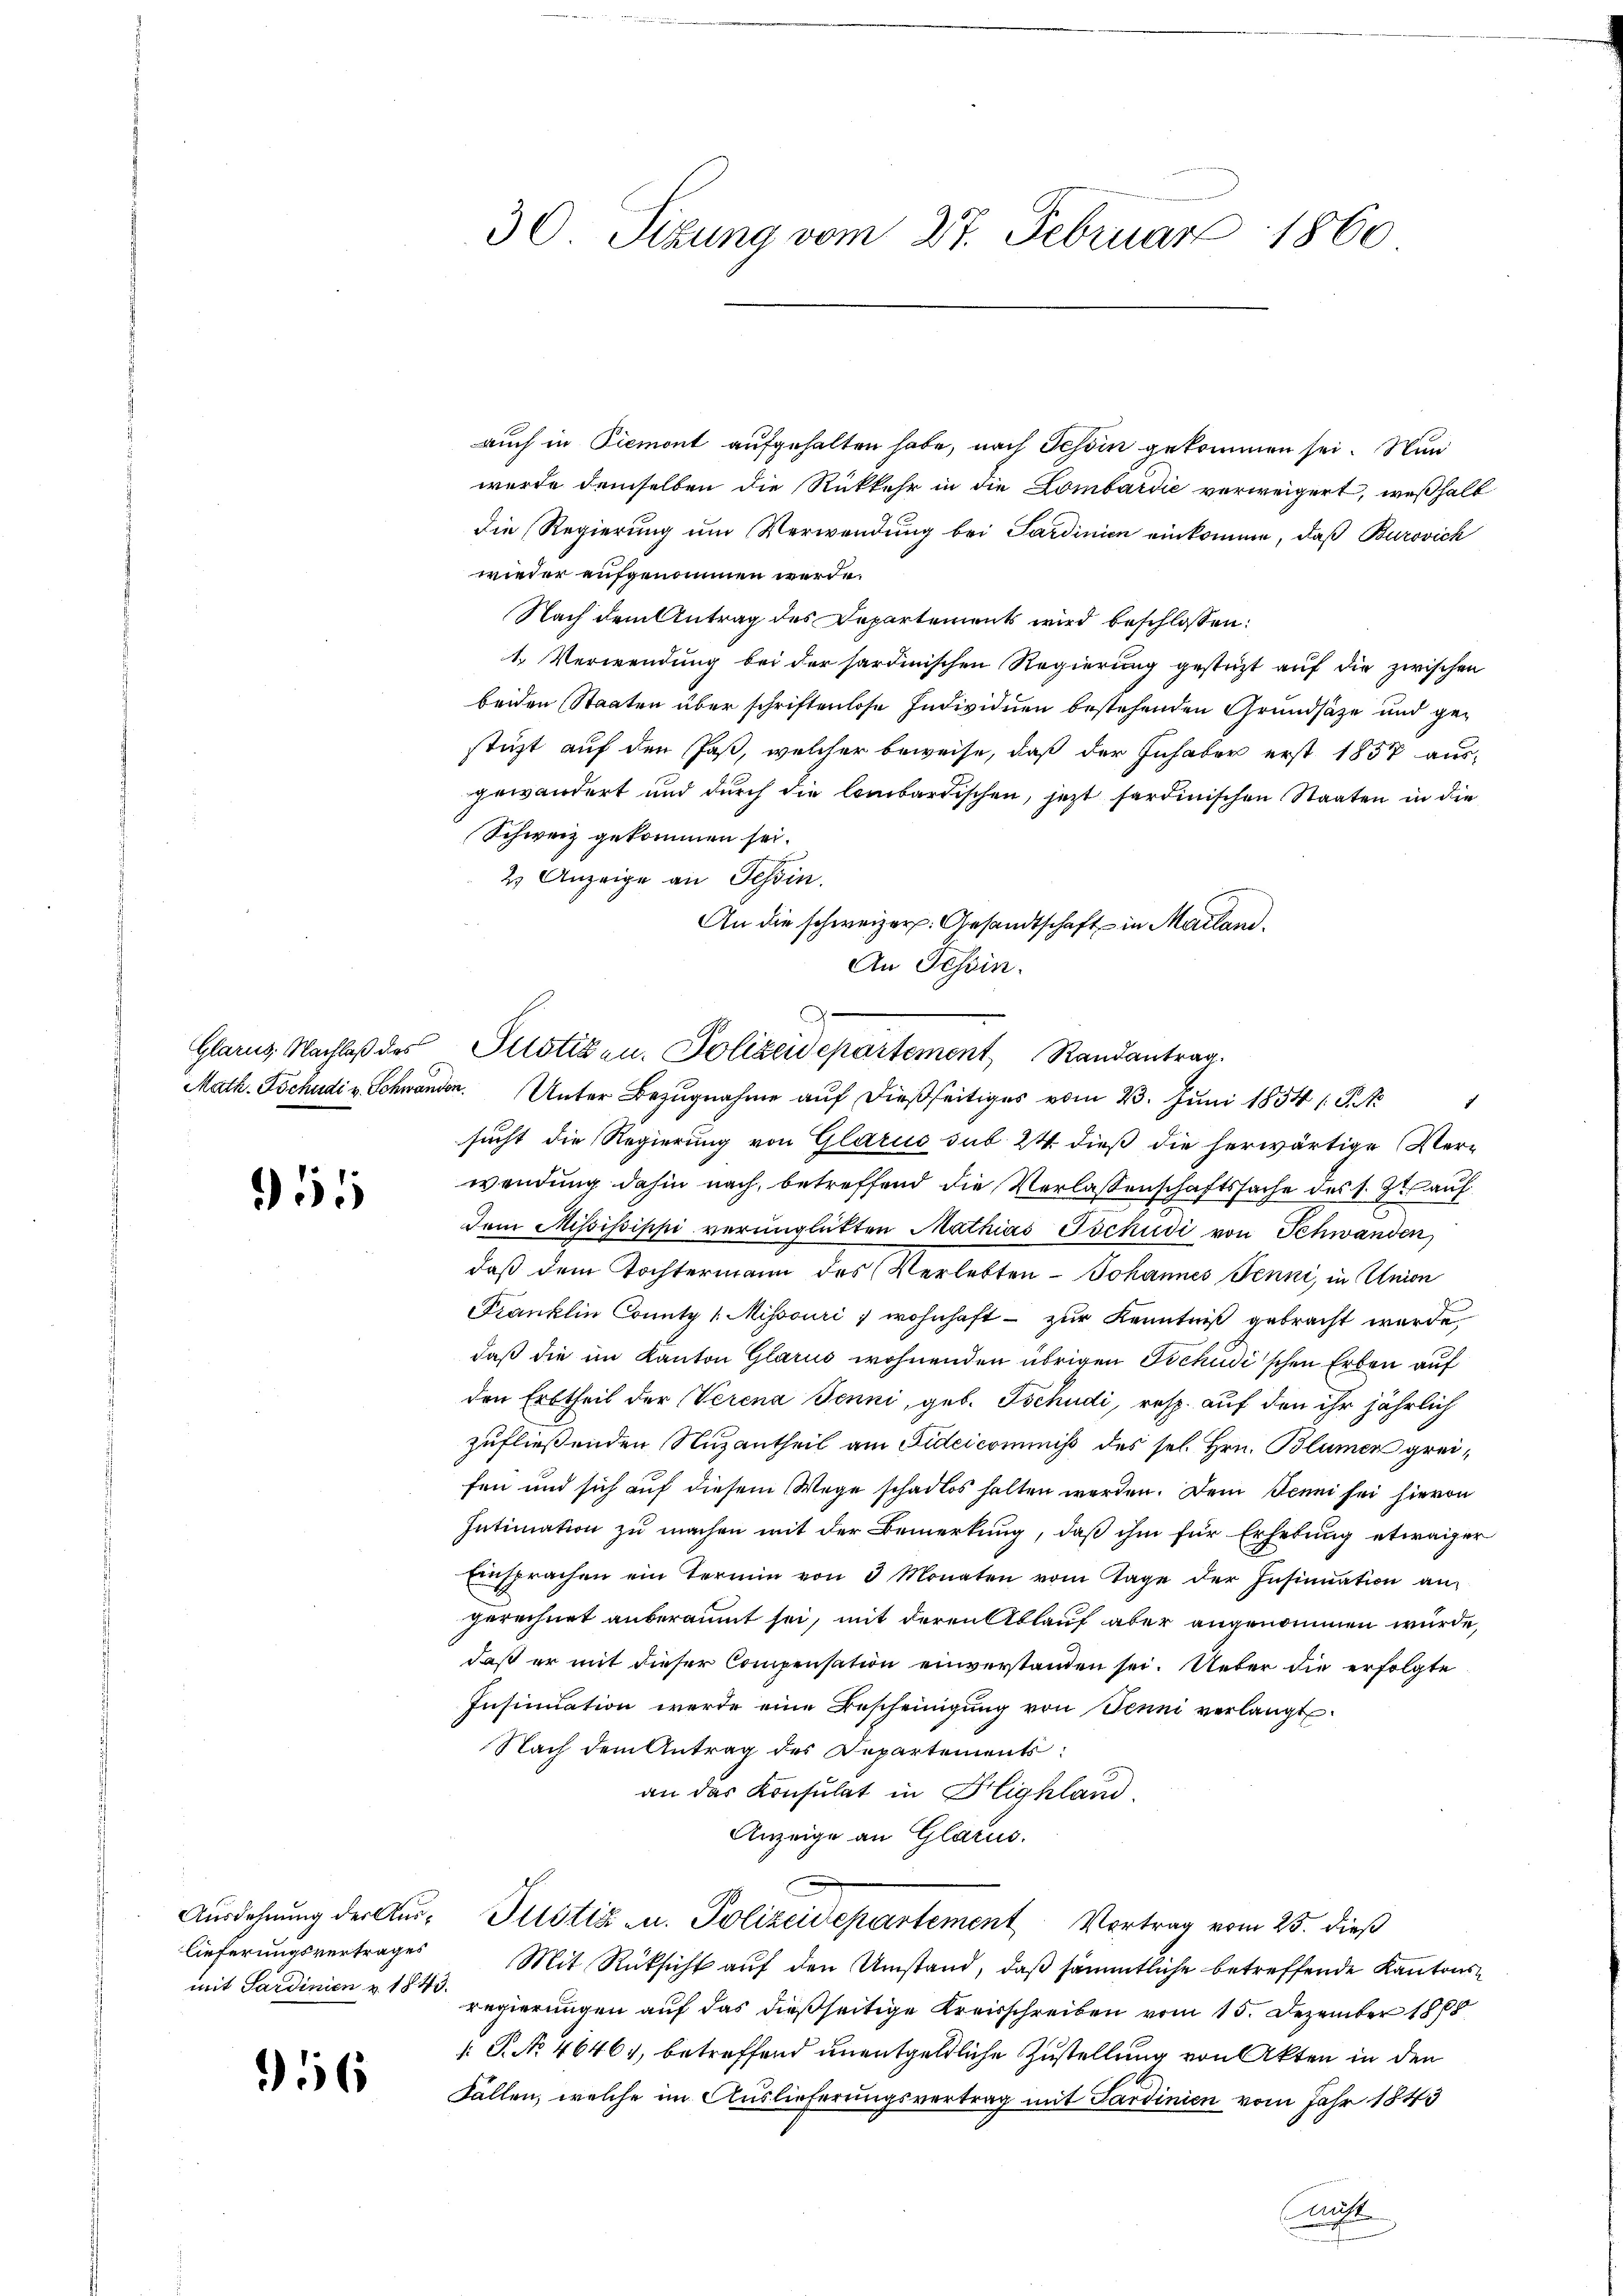
1

lieferungsvertrages
mit Sardinien u. 1843.

56

auch in Piemont aufgehalten habe, nach Schön gekommen sei. Nun
wurde demselben die Rückkehr in die Lombardić verweigert, weßhalb
die Regierung um Verwendung bei Sardinien einkomme, daß Burovich
wieder aufgenommen werde.
Nach dem Antrag des Departement wird beschlossen:
1. Verwendung bei der sardinischen Regierung gestüzt auf die zwischen
beiden Staaten über schriftenlose Individuen bestehenden Grundsätze und gestüzt auf den Jas, welcher beweise, daß der Inhaber erst 1857 aus-
gewändert und durch die lombardischen, jetzt sardinischen Staaten in die
Schweiz gekommen sei.
2. Anzeige an Tessin.
An die schweizer. Gesandtschaft in Mailand.
An Tessin.
sucht die Regierung von Glarus sub 24 dieß die herwärtige Verwendung dahin nach, betreffend die Verlassenschaftssache des s. Zt. auf
Dem Mississippi verunglückten Mathias Tschudi von Schwanden
daß dem Tochtermann des Verlebten Johannes Penni, in Union
Franklin County /: Missouri, wohnhaft - zur Kenntniß gebracht werde
daß die im Kanton Glarus wohnenden übrigen Tschudi'schen Erben auf
den Erbtheil der Verena Jenni, geb. Tschudi, resp. auf den ihr jährlich
zufließenden Nuzantheil am Fideicominis des sel. Hrn. Blumen greifen und sich auf diesem Wege schadlos halten werden. Dem Jenni sei hievon
Intimation zu machen mit der Bemerkung, daß ihm für Erhebung etwaiger
Einsprachen ein Termin von 3 Monaten vom Tage der Insinuation an
gerechnet anberäumt sei, mit deren Ablauf aber angenommen würde,
daß er mit dieser Compensation einverstanden sei. Ueber die erfolgte
Insinuation werde eine Bescheinigung von Jenni verlangt
Nach dem Antrag des Departements:
an das Konsulat in Highland.
Anzeige an Glarus.
Ausdehnŭng der Aŭs- Pustiz- u. Polizeidepartement Vertrag vom 25. dieß
Mit Rüksicht auf den Umstand, daß sämmtliche betreffende Kantonsregierungen auf das dießseitige Kreisschreiben vom 15. Dezember 1888
: P. No 46461, betreffend unentgeldliche Zustellung von Akten in den
Fallen, welche im Auslieferungsvertrag mit Sardinien vom Jahr 1843
Aute

30. Sizung vom 27. Februar 1860

.
Glarus. Nachlaß des Pilotizen, Polizeidepartement Randantrag
Math. Tschudi v. Schwänden. Unter Bezugnahme auf dießseitiges vom 23. Juni 1854 (St